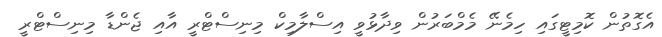
އެގޮތުން ކޮމިޓީގައި ހިމެނޭ މެމްބަރުން ވިދާޅުވީ އިސްލާމިކް މިނިސްޓްރީ އާއި ޖެންޑާ މިނިސްޓްރީ